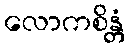
လောကစိန္တံ